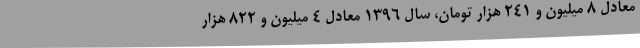
معادل ۸ میلیون و ۲۴۱ هزار تومان، سال ۱۳۹۶ معادل ۴ میلیون و ۸۲۲ هزار